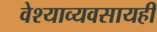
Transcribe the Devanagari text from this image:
वेश्याव्यवसायही